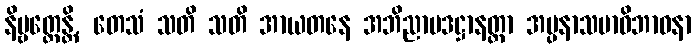
နိဗ္ဗတ္တေန္တိ, တေသံ သတိ သတိ အာယတနေ အဘိညာပဒဋ္ဌာနတ္တာ အပ္ပနာသမာဓိဘာဝနာ